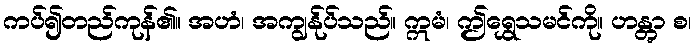
ကပ်၍တည်ကုန်၏။ အဟံ၊ အကျွန်ုပ်သည်။ ဣမံ၊ ဤရွှေသမင်ကို။ ဟန္တွာ စ၊